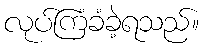
လုပ်ကြံခံခဲ့ရသည်။